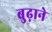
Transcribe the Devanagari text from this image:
बुढ़ाने